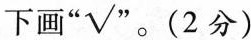
下画“√”。(2分)